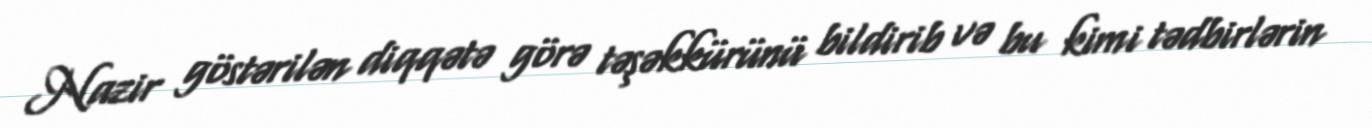
Nazir göstərilən diqqətə görə təşəkkürünü bildirib və bu kimi tədbirlərin